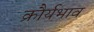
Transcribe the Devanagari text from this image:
क्रौर्यभाव